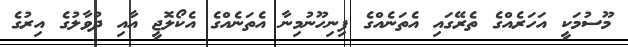
މޫސުމަކީ އަހަރެއްގެ ތެރޭގައި އެތަނެއްގެ ފިނިހޫނުމިނާ އެތަނެއްގެ އެކޯލޮޖީ އާއި ދުވާލުގެ އިރުގެ